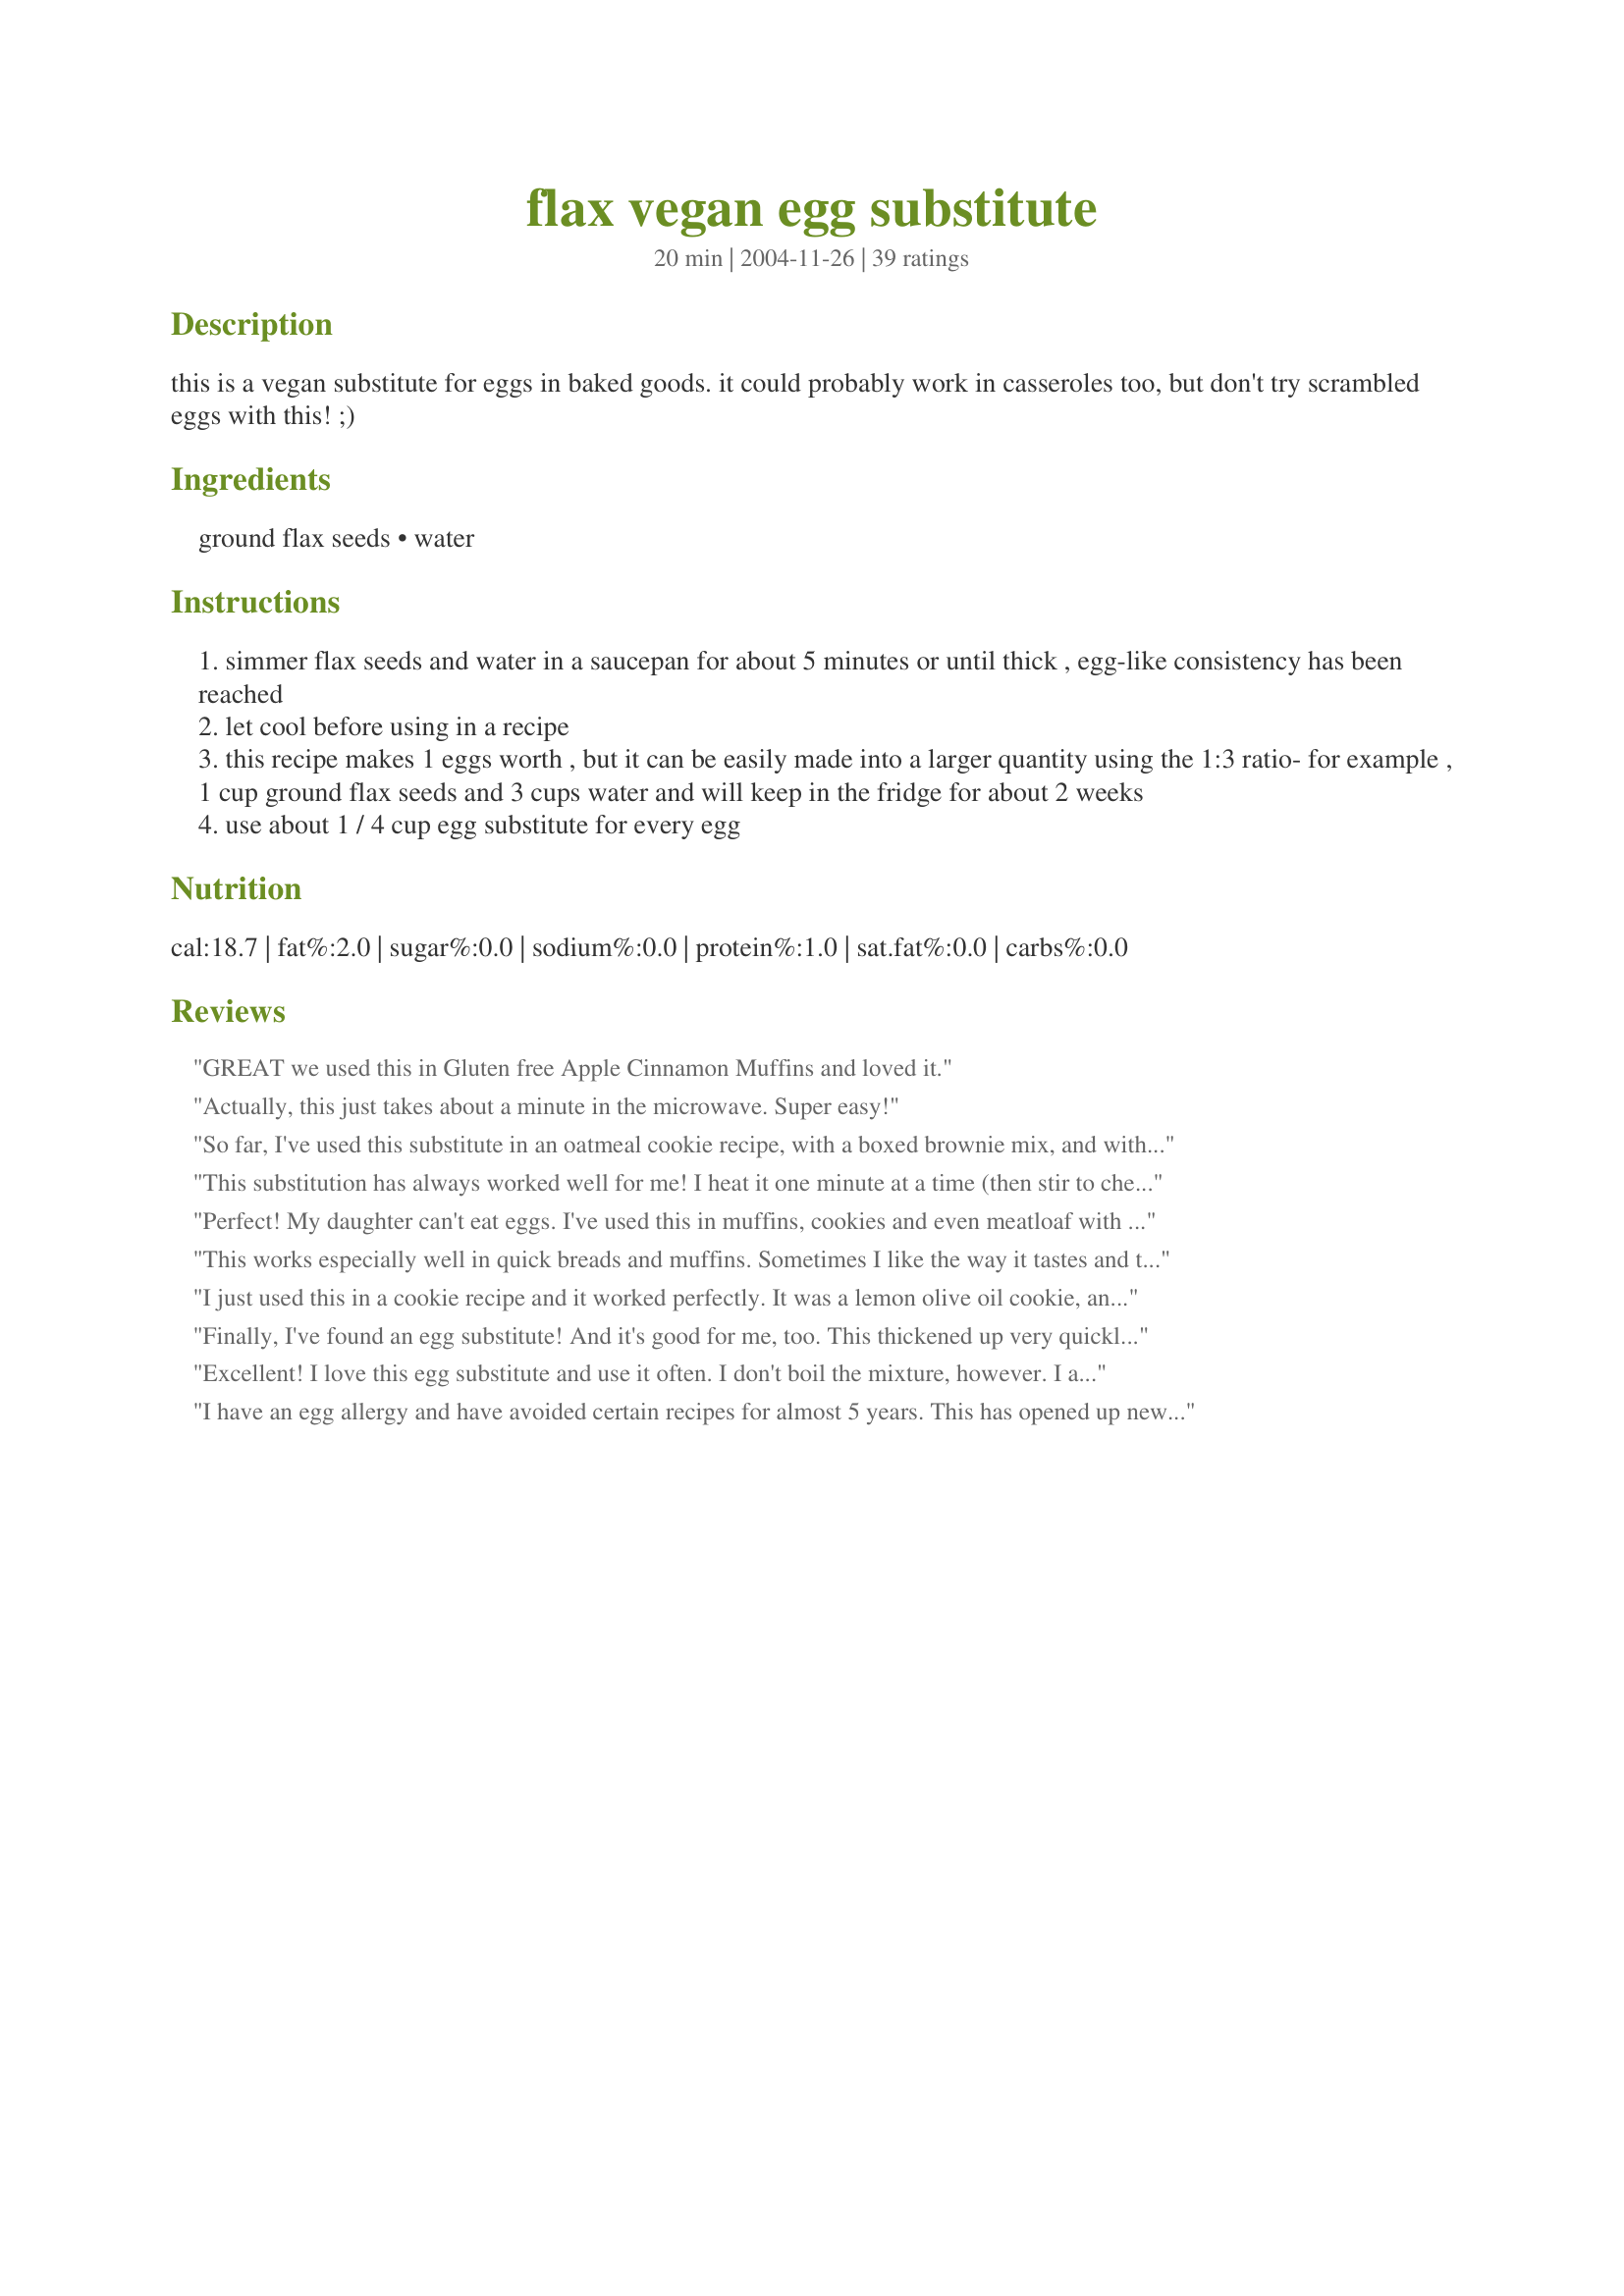
flax vegan egg substitute
Preparation time: 20 minutes

this is a vegan substitute for eggs in baked goods. it could probably work in casseroles too, but don't try scrambled eggs with this! ;)

Ingredients:
ground flax seeds, water

Steps:
simmer flax seeds and water in a saucepan for about 5 minutes or until thick , egg-like consistency has been reached
let cool before using in a recipe
this recipe makes 1 eggs worth , but it can be easily made into a larger quantity using the 1:3 ratio- for example , 1 cup ground flax seeds and 3 cups water and will keep in the fridge for about 2 weeks
use about 1 / 4 cup egg substitute for every egg

Reviews:
GREAT we used this in Gluten free Apple Cinnamon Muffins and loved it.
Actually, this just takes about a minute in the microwave. Super easy!
So far, I've used this substitute in an oatmeal cookie recipe, with a boxed brownie mix, and with a boxed gingerbread mix -- and all of them turned out wonderfully!
This substitution has always worked well for me! I heat it one minute at a time (then stir to check consistency - it turns to an egg-like slime) in the microwave, two minutes total at 1100 W power. This was a real life-saver when my youngest was allergic to eggs.
Perfect! My daughter can't eat eggs. I've used this in muffins, cookies and even meatloaf with great success. I buy pre-ground flax seeds and just keep them in the freezer. I heat the water in the microwave for a minute or two then stir in the seeds and let it sit for a bit. Thanks for posting this!
This works especially well in quick breads and muffins. Sometimes I like the way it tastes and the texture better than when using eggs. Thanks for posting.
I just used this in a cookie recipe and it worked perfectly. It was a lemon olive oil cookie, and without the eggs the flavour of the oil olive really stood out (which is exactly what I wanted!). Plus, it's great to add some extra omega fatty acids to one's diet whenever possible. Thanks for posting!
Finally, I've found an egg substitute! And it's good for me, too. This thickened up very quickly for me. Probably less than 5 minutes, guess because I used a higher heat setting. I used this in Chick Pea Burgers #37560 and it worked perfectly. My burgers stayed together nicely and did not crumble. Can't wait to try this in some baked goods. Thanks so much for this one, Roosie!
Excellent! I love this egg substitute and use it often. I don't boil the mixture, however. I add the flax meal to a small bowl, add very hot tap water and stir. I let the mix sit for about 10 minutes, stirring occasionally. When I bake I usually do this first so when I need a "flax egg," it's ready to go. I have used this substitute successfully in muffin and quick bread recipes but haven't tried it in anything that calls for more than three eggs.
I have an egg allergy and have avoided certain recipes for almost 5 years. This has opened up new options for me! Thank. I do agree with another review, I do not cook it. I use hot tap water and let it sit until the consistency of egg whites. Perfect substitution for egg in almost everything!
A wonderful substitution!
i too want to thank you for posting this...not sure how you found out this great idea but im glad you did!!! cant wait to use it this week! thanks soooo much.
A fantastic substitute! I gave this one to my grandmother, who is on a restrictive heart-healthy diet. This takes a few moments extra, but I think it's worth it for the health benefits. One hint: fresh-grind flax for the greatest nutritional punch (I use a coffee grinder I bought especially) Also, store flax in the fridge to prevent it from going rancid too quickly.
This works great in Vegan breads.
This is great for people with egg allergies! Substitute it in recipes where the egg is used for binding. We used to use this all the time for oatmeal cookies, sugar cookies, and sunflower butter cookies. We still often do, even though we can use eggs now - we like the texture better this way. Another bonus - you can lick the batter without worrying about raw eggs! We use _whole_ flax seed without grinding, at a ratio of 1 Tbs flax seed to 1/3 cup water. Updated: We've been using this for 15 years, and it never once occurred to me to use the microwave! Thanks, Chef 401574! It worked well, although it had a tendency to bubble over a lot -I don't know if this would be a problem if you used ground flax seed. We zapped two eggs-worth in a 2.5 cup Pyrex measuring cup in a 1000 w microwave for two minutes (still bubbled over a bit even in this large container!). Finally realized that the mixture gels while cooling - it doesn't necessarily have to get thick during the heating process. Stir it well and then test the texture of the finished product by dripping it off a spoon - it should gloop off the same way egg whites would.
I've used this in banana bread recipes numerous times now, and it works perfectly!! Functions the same as an egg would, but now I can use it and make the recipes vegan. You definitely can't tell the difference. Thanks for such a useful egg substitute!
I use this a lot for baking, especially for things that can withstand the slightly nutty flavor it imparts, like cornbread, spice cakes, gingersnaps, etc. I haven't ever made a batch to keep in the fridge - I think I'll give that a try. Sometimes when I'm in a hurry I don't even bother cooking the mixture - just throw in the flax with the dry ingredients and add the water (or extra liquid) with the wet -- so far I've had success with it that way too.
Worked like a charm!!! Thanks!
I have used this many times and it is wonderful! It doesn't work well with certain recipes (like sugar cookies ;)) but it is great in quick breads, pancakes, yeast breads, muffins, chocolate cakes, choc. chip cookies, etc. Nice sub. when you don't want to use an egg. Thanks for sharing.
I have used this many times before, although we did not cook the flax and water, just mixed them together and added them to the recipe. I just used this to replace one egg in muffins. I cooked the flax water mixture in the microwave which worked well. It is amazing how egg like the consistancy is. The muffins turned out nice and fluffy and I felt good about using such a healthy egg sub. I will definitely be sure to cook the flax and water in the future as this recipe does since it worked so well. Thanks Roosie!
Had my doubts until I tried it. 1 minute in the microwave, a stir, and once it cooled it was perfect egg consistency. I used it in a pinch for a meatloaf recipe!
This is a perfect substitute for eggs! It works every time. However, I DO think it is worth mentioning to some of the other reviewers that the EFAs in flax seeds are very fragile and don't stand up to heat, so you aren't getting the Omega 3 if you're baking or sauteing the flax seeds. You do get the fiber though and you're nixing the cholesterol, so yay for that!
This is what I've used for years in my muffins and such when I want them to be completely vegan...great to see it here on Zaar! :)
Thanks for posting, not only is this healthy, but it's great for those in my family who can't eat eggs...I've been using the energy egg replacer, and this is tastier and healthier. Thanks!
I just wanted to thank you for posting this recipe.. I haven't tried it yet but I have been searching for some sort of egg substitute for baking for some time now and I will try this.. thanks again!
One of my fave egg replacers! :)
Just tried this in oatmeal cookies, worked great. Found out my husband is allergic to eggs, can't wait to try this in other recipes. I didn't cook the flax/water, just poured boiling water over the flax in a bowl and let it stand for 10 minutes. Worked great.
I love this!
This is wonderful! Thank you! Going to go give it a try in some oatmeal cinnamon bread right now! :)
Love this, it never fails. Also, if you make this using whole flax seeds and then strain it, it makes AWESOME hair gel, especially for curly hair! Just keep it in a sealed container and it's good for a few weeks :)
Wonderful way to substitute eggs in recipes. I used the recipe to make Christmas cookies and stuffed pasta shells and cheesecake. The flax seeds do leave flecks in whatever you cook, so make sure you are using this where the texture doesn't matter. For example, if I was making a yellow cake, I might stick with eggs. But, any dark colored cake, the flax seed sub would be fine. I handed out Christmas cookies to my neighbors and never told them about the switch, and they raved about the cookies. I plan on using this for all my "egg" needs. Thanks, Roosie, for sharing. I wanted to incorporate more flax seed in our diets, due to the benefits of Omega 3, 6, and 9, and this is the perfect way to sneak it into our diet.
Roosie, Thank you so much for posting this recipe. I used this to make the Soft Molasses Cookies Recipe 63981. I know that this egg substitute will come in handy!
worked great - and it's crazy but it really does have the consistency of eggs! I followed other reviews and simply heated water in the microwave and then added the flax seed - and it worked perfectly!
Didn't have the eggs I needed to make brownies, so I tried this. Brownies came out great, and I might use this from now on instead.
I cant believe I haven't rated this! I use this practically daily... I use it in a couple of my recipes too (you are credited, of course)! This has worked fabulous in quick breads, cookies, waffles, and pancakes! Thanks!
This is great! I knew you could use flax instead of eggs but not the best way to make the substitution, I can't beleive how it actualy has the consistency of eggs, thats just so strange, but it works! Thanks for posting, it's great to have something healthier to use in baked goods where you are not tasting the egg anyway :)
WOW this worked like magic! I used it to make recipe #317858 and it came out perfectly. I will most certainly use this recipe often, as I love that it decreases the cholesterol in baked good such as these!
Great in pancakes and muffins! UPDATE: I just used this in Recipe #183081 for our 4th of July vegan cookout, and they turned out wonderfully!
I've been using this trick for years but I just grind the flax seeds and mix with water and let stand. They thicken up just fine without the heating.
